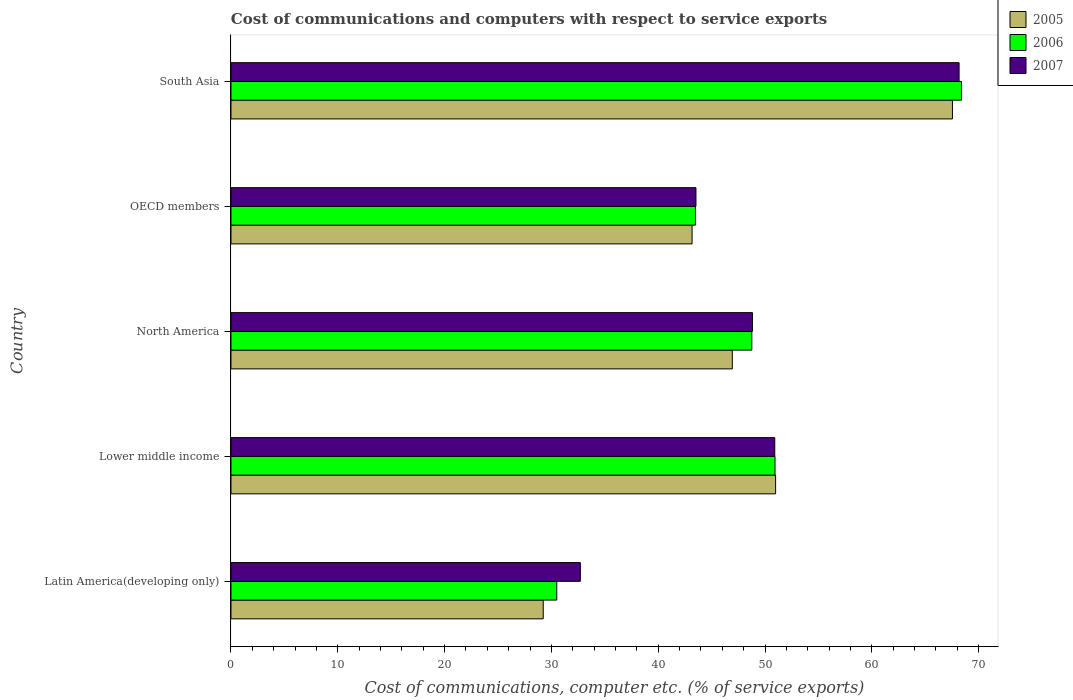
| Country | 2005 | 2006 | 2007 |
 | --- | --- | --- | --- |
 | Latin America(developing only) | 29.2 | 30.5 | 32.7 |
 | Lower middle income | 51 | 50.9 | 50.9 |
 | North America | 46.9 | 48.8 | 48.8 |
 | OECD members | 43.2 | 43.5 | 43.5 |
 | South Asia | 67.5 | 68.4 | 68.2 |